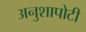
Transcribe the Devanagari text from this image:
अनुशापोटी